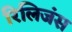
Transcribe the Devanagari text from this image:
रिलिजंस